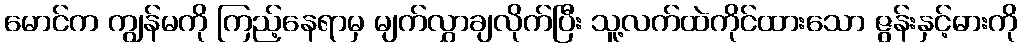
မောင်က ကျွန်မကို ကြည့်နေရာမှ မျက်လွှာချလိုက်ပြီး သူ့လက်ထဲကိုင်ထားသော ဇွန်းနှင့်ဓားကို